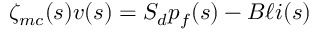
\zeta _ { m c } ( s ) v ( s ) = S _ { d } p _ { f } ( s ) - B \ell i ( s )